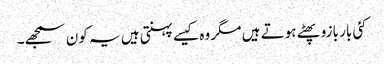
کئی بار بازو پھٹے ہوتے ہیں مگر وہ کیسے پہنتی ہیں یہ کون سمجھے۔